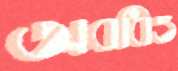
অবধিও